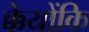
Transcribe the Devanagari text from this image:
क्केयोंकि